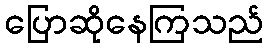
ပြောဆိုနေကြသည်